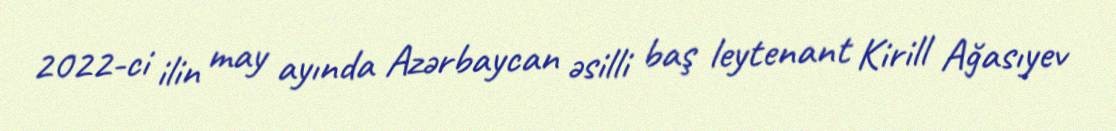
2022-ci ilin may ayında Azərbaycan əsilli baş leytenant Kirill Ağasıyev